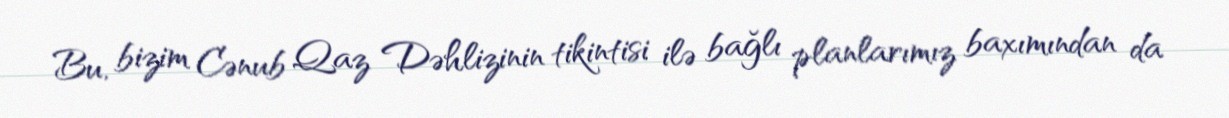
Bu, bizim Cənub Qaz Dəhlizinin tikintisi ilə bağlı planlarımız baxımından da